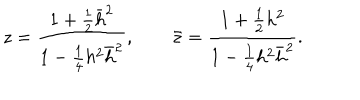
LaTeX: z = { \frac { 1 + { \frac { 1 } { 2 } } \bar { h } ^ { 2 } } { 1 - { \frac { 1 } { 4 } } h ^ { 2 } \bar { h } ^ { 2 } } } , \qquad \bar { z } = { \frac { 1 + { \frac { 1 } { 2 } } h ^ { 2 } } { 1 - { \frac { 1 } { 4 } } h ^ { 2 } \bar { h } ^ { 2 } } } .